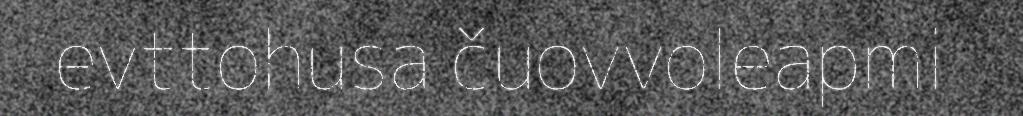
evttohusa čuovvoleapmi